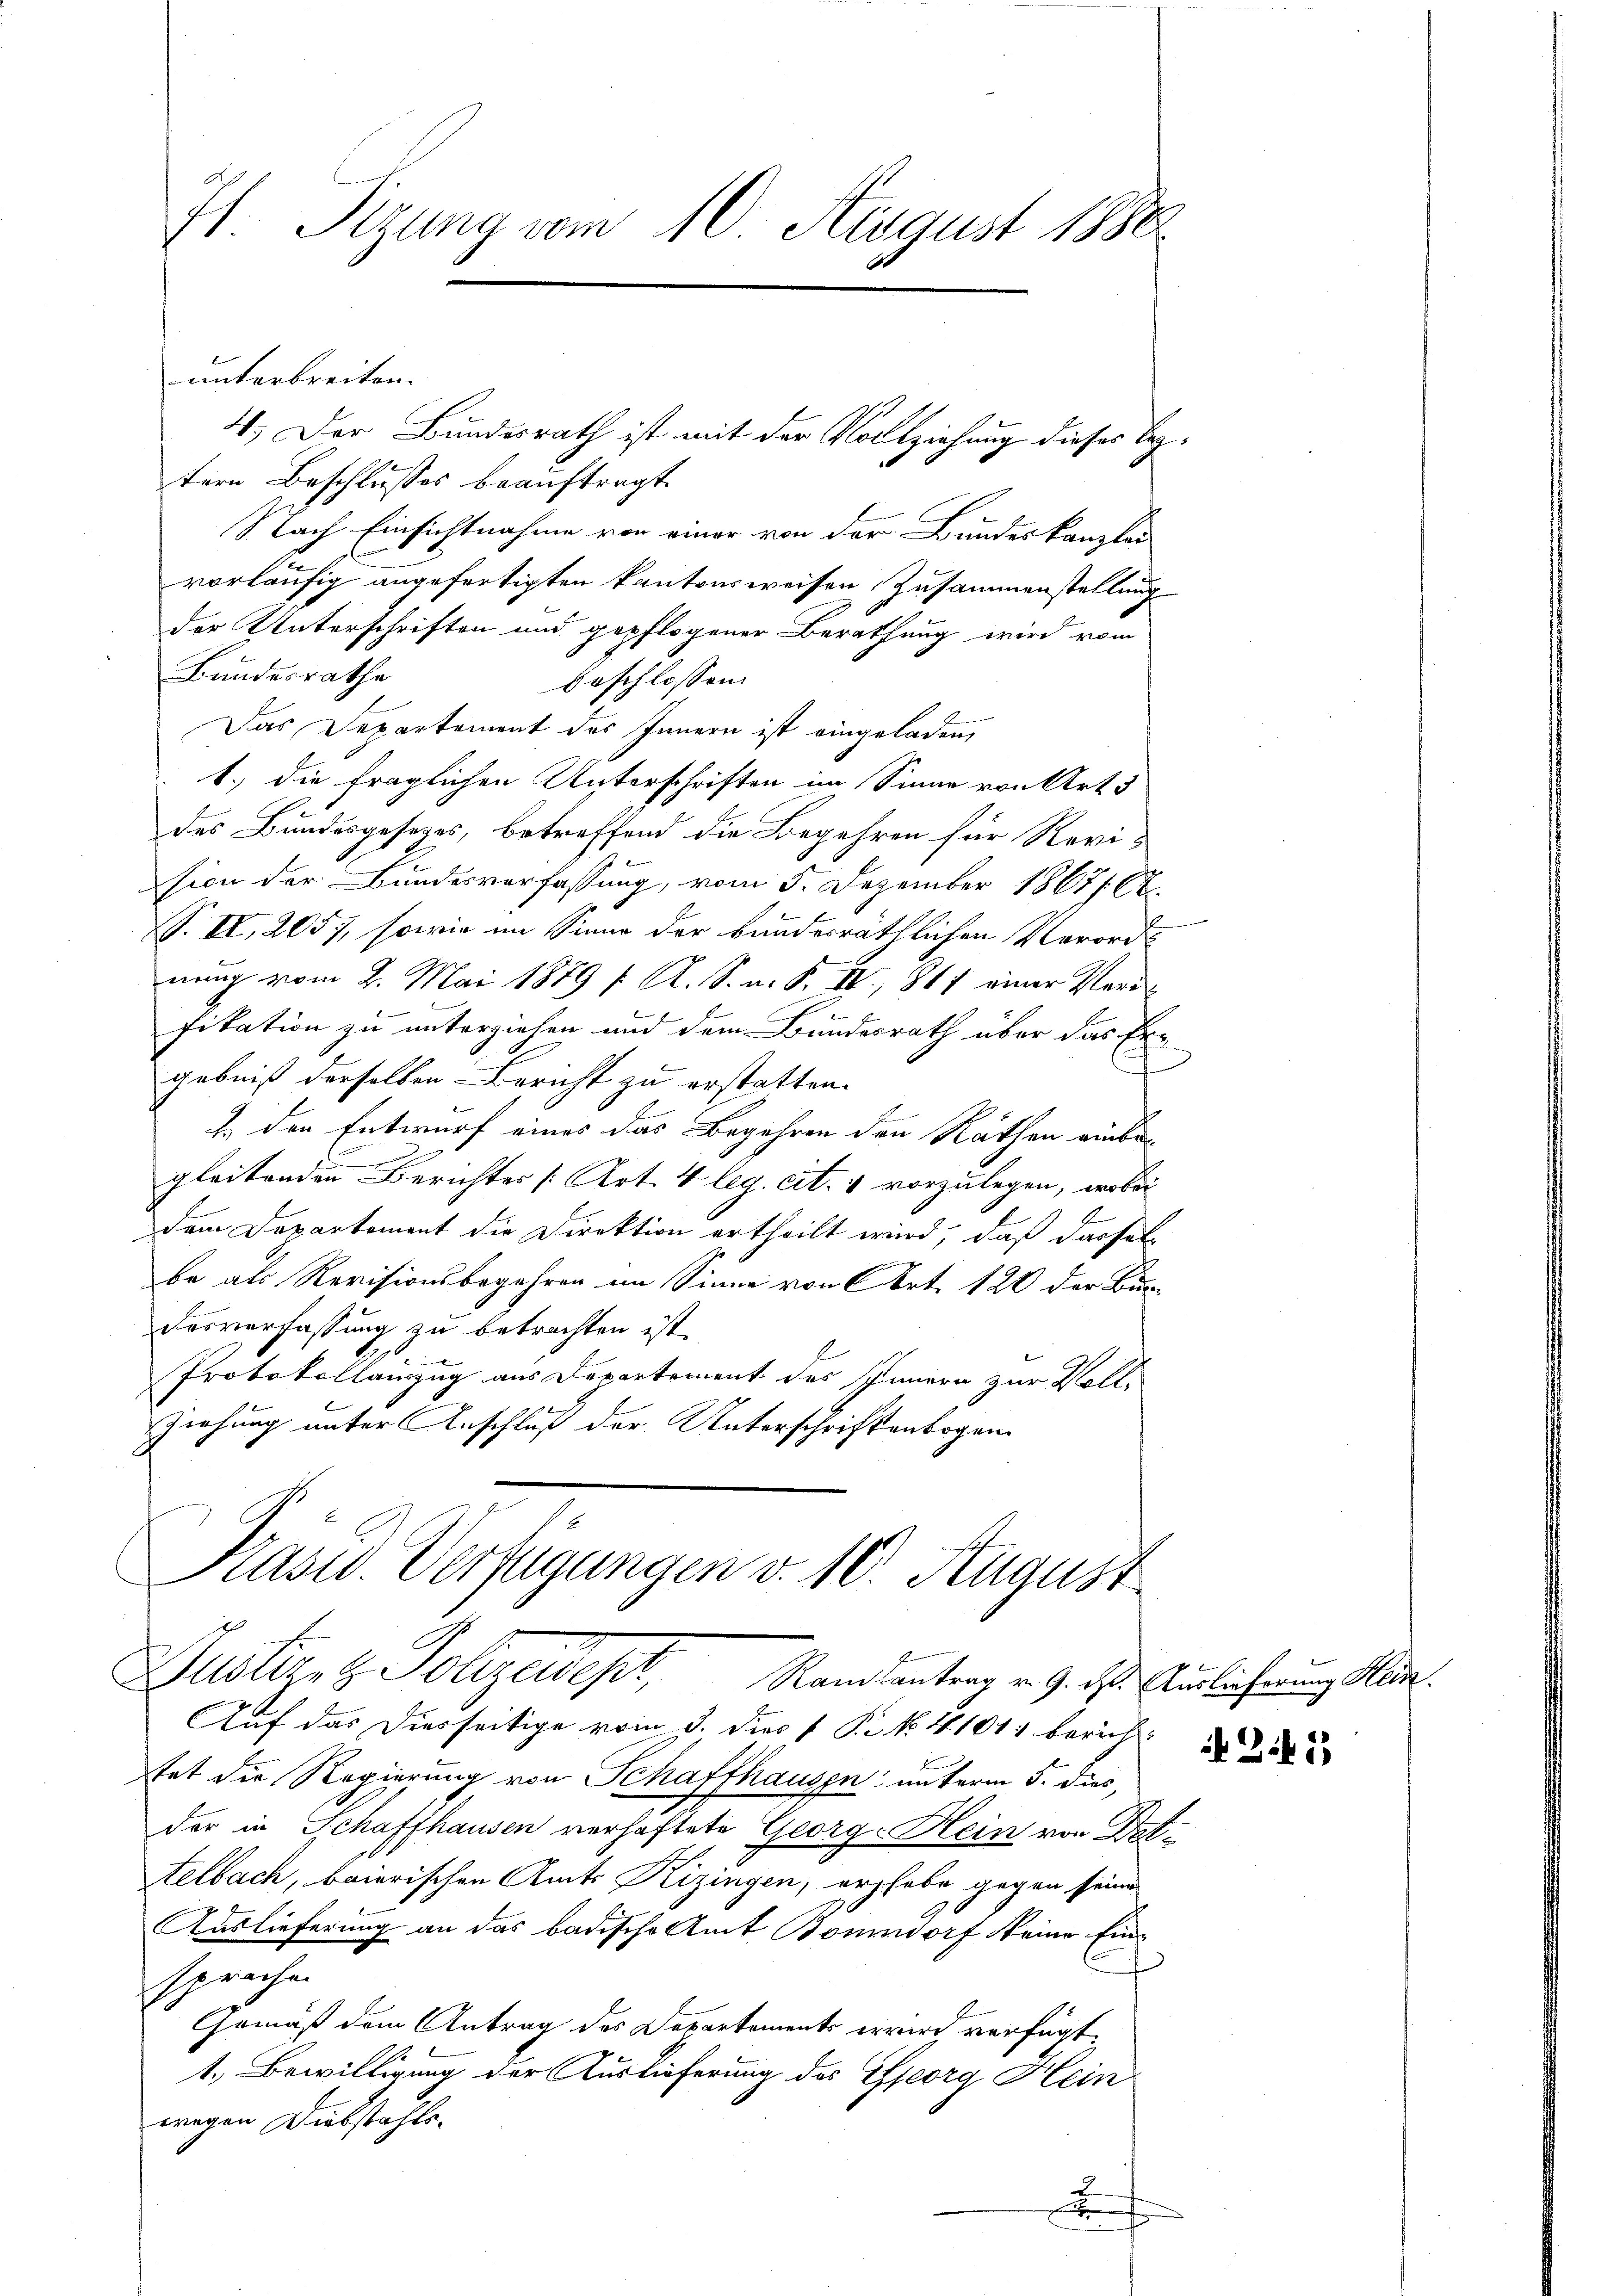
71. Sizung vom 10. August 1888.

unterbreiten.
4.) Der Bundesrath ist mit der Vollziehung dieses Beztern Beschlusses beauftragt.
Nach Einsichtnahme von einer von der Bundeskanzlei
vorläufig angefertigten kantonsweisen, Zusammenstellung
der Unterschriften und gepflogener Berathung wird vom
Bundesrathe
beschlossen:
Das Departement des Innern ist eingeladen,
1.) die fraglichen Unterschriften im Sinne von Art. 3
des Bundesgesezes, betreffend die Begehren für Revis
sion der Bundesverfassung, vom 5. Dezember 18671. 62.
S. II, 2057, sowie im Sinne der bundesräthlichen Verorde
nung vom 2. Mai 1879 f. A. S. n. F. IV 867 einer Verfikation zu unterziehen und dem Bundesrath über das Er
gebniß derselben Bericht zu erstatten.
J. den Entwurf eines das Begehren den Räthen einbegleitenden Berichtes [Art. 4 leg. cit. 4 vorzulegen, wobei
E
dem Departement die Direktion ertheilt wird, daß dasselbe als Revisionsbegehren im Sinne von Art. 120 der Bur¬
Desverfassung zu betrachten ist.
Protokollauszug aus Departement des Innern zur Voll¬
Ziehung unter Anschluß der Unterschriftenbogen

Auf das Dierseitige vom 3. dies 1 S. N. 11011 bericht
tat die Regierung von Schaffhausen unterm 5. dies,
der in Schaffhausen verhaftete Georg Hein von Dettelbach, baierischen Amts Hizingen, erzhabe gegen seine
Auslieferung an das badische Amt Bonndorf eine Einsprache
Gemäß dem Antrag des Departements erwird verfügt:
1. Bewilligung der Auslieferung des Georg Hein
wegen Diebstahls¬
2
x

Präsid. Verfügungen v. 10. August
Justiert Polizeidept, Randantrag v. 9. ds. Auslicherung er¬